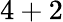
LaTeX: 4+2